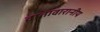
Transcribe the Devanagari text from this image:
वातावारानीय